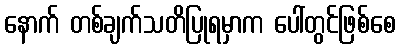
နောက် တစ်ချက်သတိပြုရမှာက ပေါ်တွင်ဖြစ်စေ